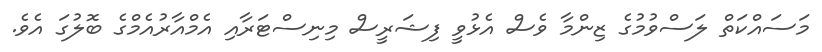
މަސައްކަތް ލަސްވުމުގެ ޒިންމާ ވެސް އެޅުވީ ފިޝަރީސް މިނިސްޓަރާއި އެމްއާރުއެމްގެ ބޮލުގަ އެވެ.